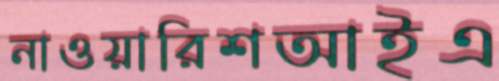
নাওয়ারিশআইএ